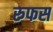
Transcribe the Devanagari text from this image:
रुफस